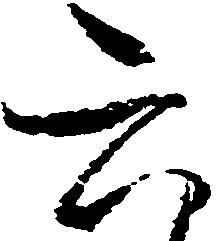
六